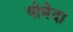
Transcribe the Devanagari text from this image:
योमेदा